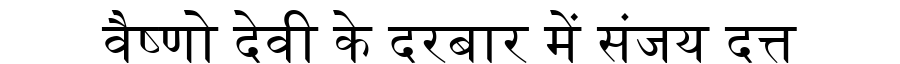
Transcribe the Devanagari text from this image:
वैष्णो देवी के दरबार में संजय दत्त